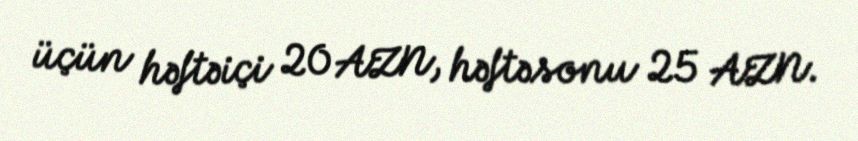
üçün həftəiçi 20 AZN, həftəsonu 25 AZN.